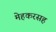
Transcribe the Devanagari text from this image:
मेहकरसह